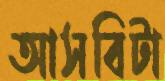
আসবিটা